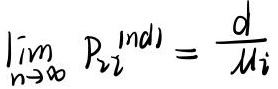
\[
\lim_{n \to \infty} P_{2i}^{\text{ind}1} = \frac{d}{\mu_i}
\]